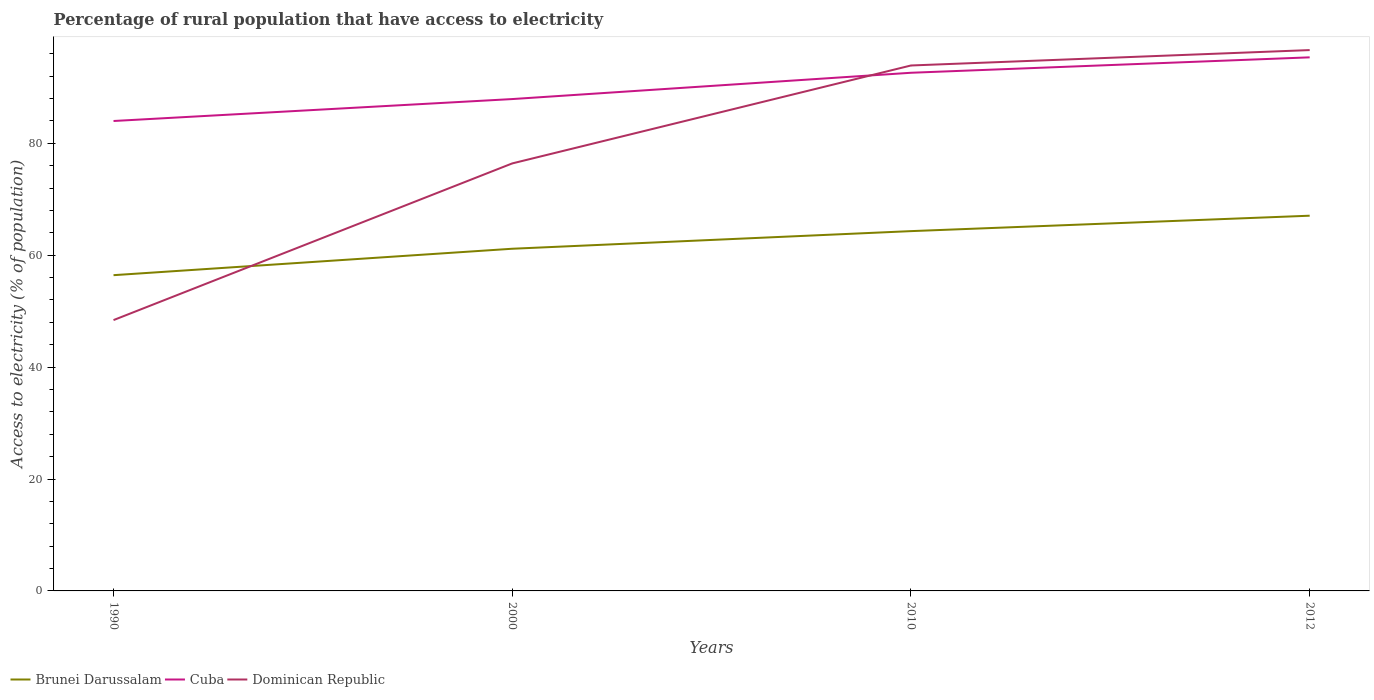
| Years | Brunei Darussalam | Cuba | Dominican Republic |
 | --- | --- | --- | --- |
 | 1990 | 56.4 | 84 | 48.4 |
 | 2000 | 61.2 | 87.9 | 76.4 |
 | 2010 | 64.3 | 92.6 | 93.9 |
 | 2012 | 67.1 | 95.4 | 96.7 |